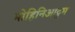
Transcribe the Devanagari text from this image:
मोहिनिआट्टम